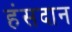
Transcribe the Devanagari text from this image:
हंसदान